Language: tamil
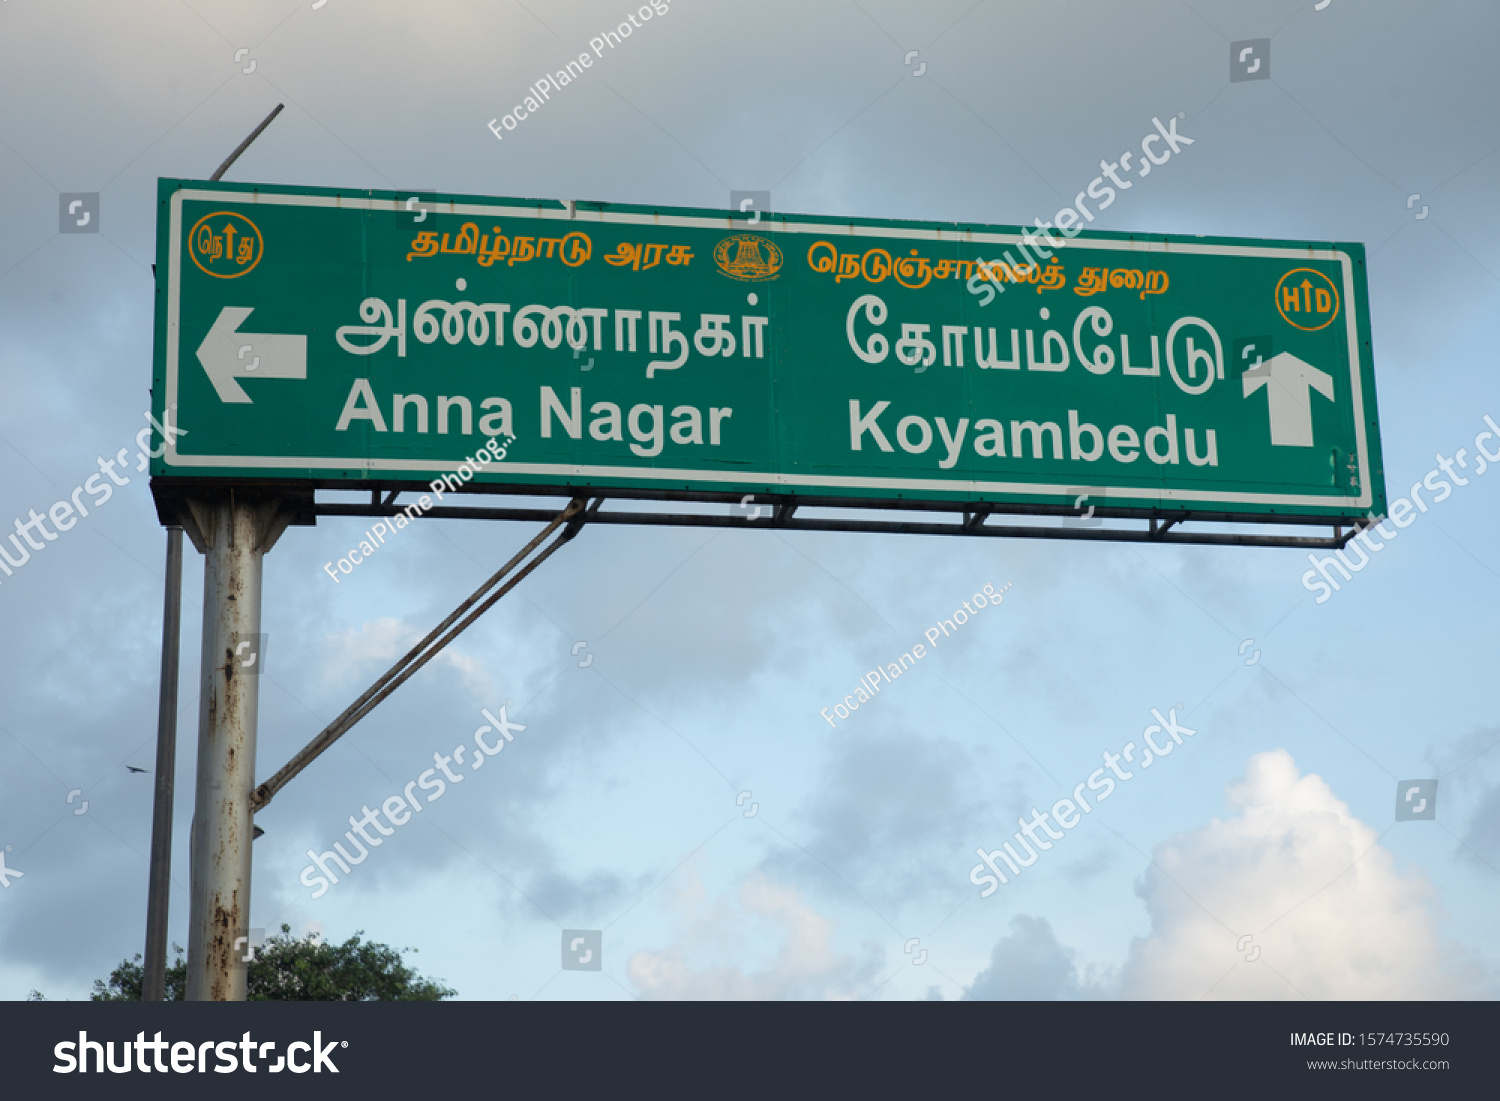
Transcription: நொது நெடுஞ்ச த் துறை கோயம்பேடு அரசு தமிழ்நாடு அண்ணாநகா்